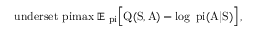
\mathrm { \ u n d e r s e t { \ p i } { m a x } \; \mathbb { E } _ { \ p i } \Big [ Q ( S , A ) - l o g \, \ p i ( A | S ) \Big ] \, , }